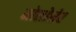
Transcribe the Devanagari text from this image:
मोलोसेर